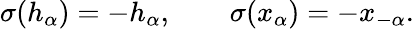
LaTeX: \sigma(h_{\alpha})=-h_{\alpha},\qquad\sigma(x_{\alpha})=-x_{-\alpha}.